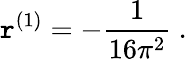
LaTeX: \mathtt{r}^{(1)}=-\frac{{1}}{{16\pi^{2}}}\ .